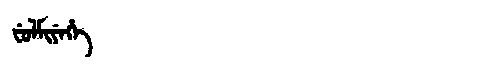
Manchu: ᠸᡠᠯᠮᡳᠶᡝᡥᡝ
Romanization: FULMIYEHE